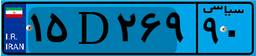
۴۳D۲۳۷۳۹